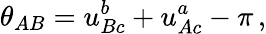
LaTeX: \theta_{AB}=u_{Bc}^{b}+u_{Ac}^{a}-\pi\, ,